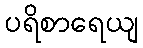
ပရိစာရေယျ